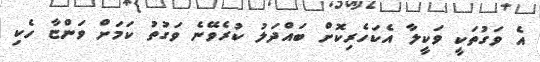
އެ ވަގުތަކީ ވަކީލާ އެކަހެރިކޮށް ބައްދަލު ކުރެވޭނެ ވަގުތު ކަމަށް ވަންޏާ ހެކި